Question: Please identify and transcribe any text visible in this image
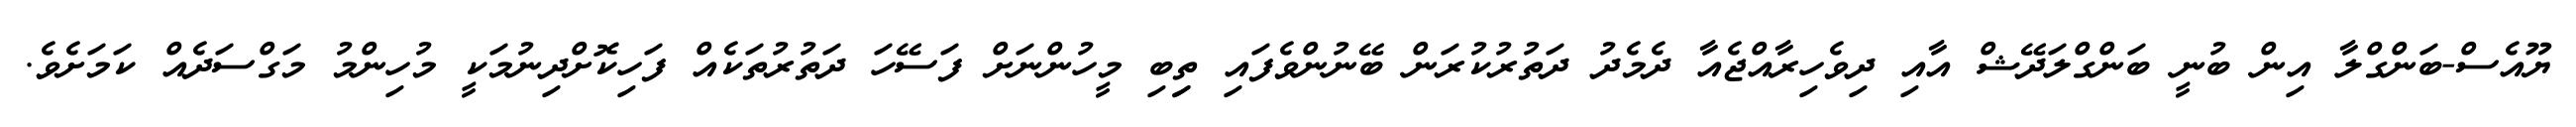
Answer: ޔޫއެސް-ބަންގްލާ އިން ބުނީ ބަންގްލަދޭޝް އާއި ދިވެހިރާއްޖެއާ ދެމެދު ދަތުރުކުރަން ބޭނުންވެފައި ތިިބި މީހުންނަށް ފަސޭހަ ދަތުރުތަކެއް ފަހިކޮށްދިނުމަކީ މުހިންމު މަގްސަދެއް ކަމަށެވެ.